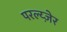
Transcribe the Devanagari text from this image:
परल्य्ज़ेर